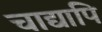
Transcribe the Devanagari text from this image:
चाद्यापि